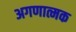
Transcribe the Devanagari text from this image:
अगणात्मक